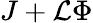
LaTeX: J+\mathcal{L}\Phi